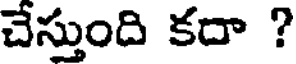
చేస్తుంది కదా ?